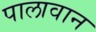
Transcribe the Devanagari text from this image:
पालावान